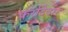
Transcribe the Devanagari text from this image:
फर्राटेदार